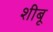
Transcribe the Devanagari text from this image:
शीबू